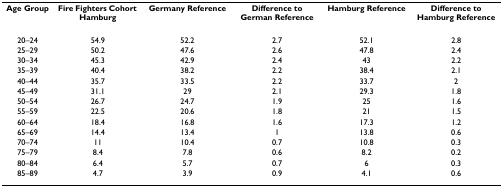
| Age Group | Fire Fighters Cohort Hamburg | Germany Reference | Difference to German Reference | Hamburg Reference | Difference to Hamburg Reference |
 | --- | --- | --- | --- | --- | --- |
 | 20–24 | 54.9 | 52.2 | 2.7 | 52.1 | 2.8 |
 | 25–29 | 50.2 | 47.6 | 2.6 | 47.8 | 2.4 |
 | 30–34 | 45.3 | 42.9 | 2.4 | 43 | 2.2 |
 | 35–39 | 40.4 | 38.2 | 2.2 | 38.4 | 2.1 |
 | 40–44 | 35.7 | 33.5 | 2.2 | 33.7 | 2 |
 | 45–49 | 31.1 | 29 | 2.1 | 29.3 | 1.8 |
 | 50–54 | 26.7 | 24.7 | 1.9 | 25 | 1.6 |
 | 55–59 | 22.5 | 20.6 | 1.8 | 21 | 1.5 |
 | 60–64 | 18.4 | 16.8 | 1.6 | 17.3 | 1.2 |
 | 65–69 | 14.4 | 13.4 | 1 | 13.8 | 0.6 |
 | 70–74 | 11 | 10.4 | 0.7 | 10.8 | 0.3 |
 | 75–79 | 8.4 | 7.8 | 0.6 | 8.2 | 0.2 |
 | 80–84 | 6.4 | 5.7 | 0.7 | 6 | 0.3 |
 | 85–89 | 4.7 | 3.9 | 0.9 | 4.1 | 0.6 |